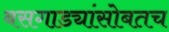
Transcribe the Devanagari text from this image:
बसगाड्यांसोबतच